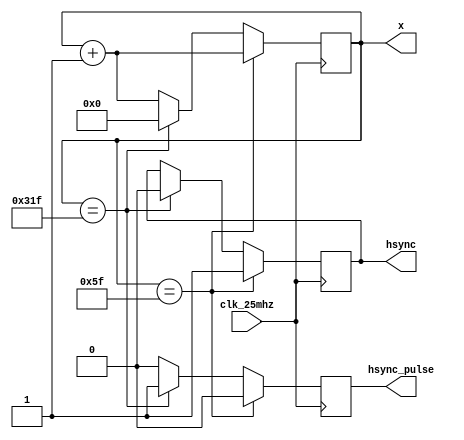
module hsyncModule(clk_25mhz, hsync_pulse, hsync, x); 

input wire clk_25mhz;
output reg hsync_pulse, hsync;
output reg [9:0] x;

parameter a = 96;
parameter E = 800;

initial begin
	hsync_pulse <= 0;
	hsync <= 0;
	x <= 0;
end

always @ (posedge clk_25mhz) begin
	x <= x+10'd1;
	hsync_pulse <= 0;
	
	if (x == a-1) begin
		hsync <= 1;
	end
	else if (x == E-1) begin
		hsync_pulse <= 1;
		hsync <= 0;
		x <= 0;
	end
	
end

endmodule